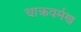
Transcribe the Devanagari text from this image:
चाक्रवर्मण